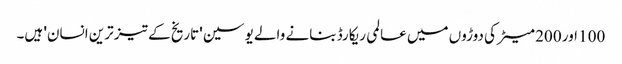
100 اور 200 میٹر کی دوڑوں میں عالمی ریکارڈ بنانے والے یوسین 'تاریخ کے تیز ترین انسان' ہیں۔